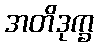
အတိဒုက္ခ